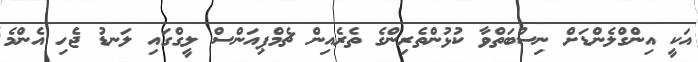
އަކީ އިންގްލެންޑަށް ނިސްބަތްވާ ކުޅުންތެރިންގެ ތެރެއިން ޗެމްޕިއަންސް ލީގްގައި ލަނޑު ޖެހި އެންމެ